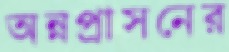
অন্নপ্রাসনের